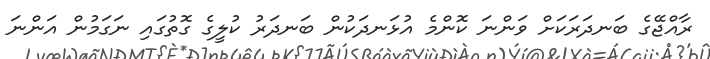
ރާއްޖޭގެ ބަނދަރަކަށް ވަންނަ ކޮންމެ އުޅަނދަކުން ބަނދަރު ކުލީގެ ގޮތުގައި ނަގަމުން އަންނަ